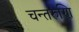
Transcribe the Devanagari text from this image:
चन्तरुणि